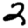
Digit: 2